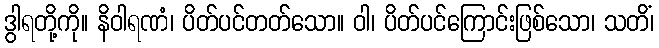
ဒွါရတို့ကို။ နိဝါရဏံ၊ ပိတ်ပင်တတ်သော။ ဝါ၊ ပိတ်ပင်ကြောင်းဖြစ်သော၊ သတိံ၊